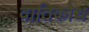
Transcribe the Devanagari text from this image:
वातिकोथ